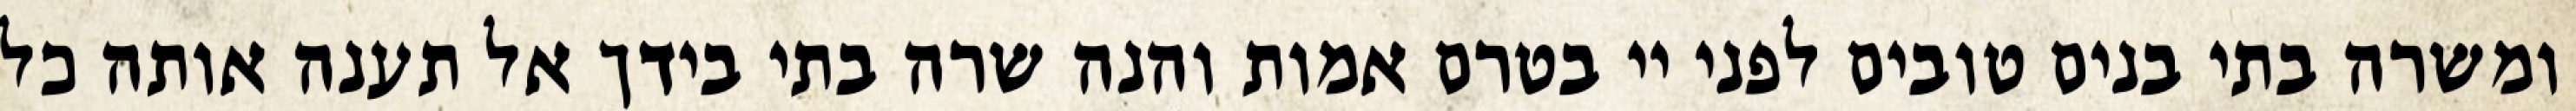
ומשרה בתי בנים טובים לפני יי בטרם אמות והנה שרה בתי בידך אל תענה אותה כל